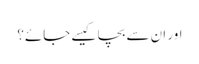
اور ان سے بچا کیسے جائے؟